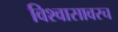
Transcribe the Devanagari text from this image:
विश्वासावरच